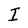
Character: I